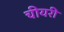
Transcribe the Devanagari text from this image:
चीयरी